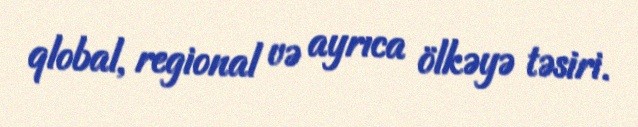
qlobal, regional və ayrıca ölkəyə təsiri.